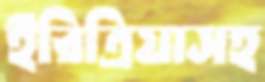
ইরিত্রিয়াসহ